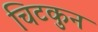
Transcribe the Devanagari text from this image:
चिटकुन